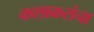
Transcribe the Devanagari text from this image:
कशाकरांचा